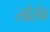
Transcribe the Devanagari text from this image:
लोसेव